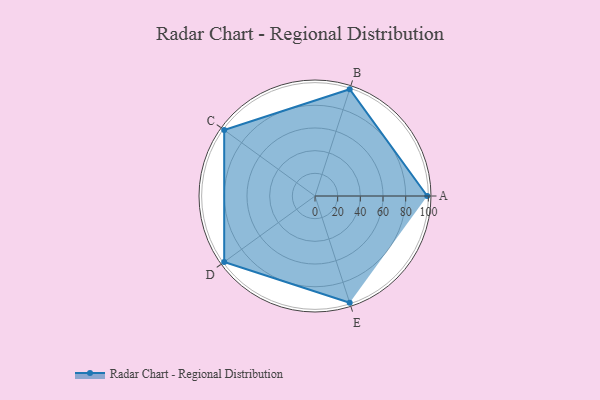
{"axis": {"x": "Skill", "y": "Score"}, "legend": ["Profile"], "data": [{"x": "A", "y": 99, "type": "Profile"}, {"x": "B", "y": 99, "type": "Profile"}, {"x": "C", "y": 99, "type": "Profile"}, {"x": "D", "y": 99, "type": "Profile"}, {"x": "E", "y": 99, "type": "Profile"}]}